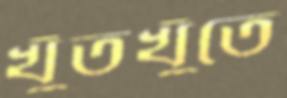
খুঁতখুঁতে